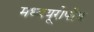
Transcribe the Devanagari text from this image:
मध्ययूरोपीय